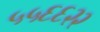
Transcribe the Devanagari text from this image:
५५६६२२